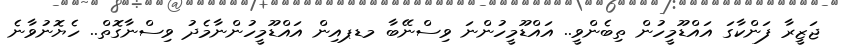
ޖަޒީރާ ފަންކާގަ އައްޑޫމީހުން ތިބެންވީ.. އައްޑޫމީހުންނަ ވިސްނޭބާ މޑޕއިން އައްޑޫމީހުންނާމެދު ވިސްނާގޮތް.. ހެޔޮނުވާނެ